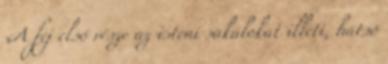
«A fej első része az isteni sakálokat illeti, hátsó